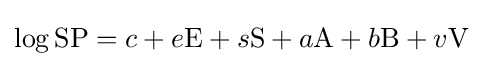
\log \mathrm {SP} =c+e\mathrm {E} +s\mathrm {S} +a\mathrm {A} +b\mathrm {B} +v\mathrm {V}